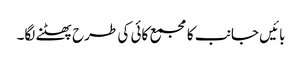
بائیں جانب کا مجمع کائی کی طرح پھٹنے لگا۔